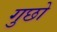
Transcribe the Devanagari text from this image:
गुछो